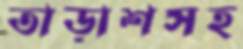
তাড়াশসহ